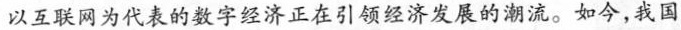
以互联网为代表的数字经济正在引领经济发展的潮流。如今，我国